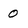
Character: 0